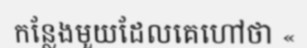
កន្លែងមួយដែលគេហៅថា «